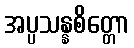
အပ္ပသန္နစိတ္တော